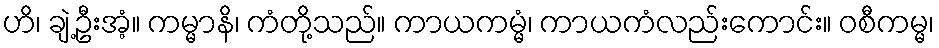
ဟိ၊ ချဲ့ဦးအံ့။ ကမ္မာနိ၊ ကံတို့သည်။ ကာယကမ္မံ၊ ကာယကံလည်းကောင်း။ ဝစီကမ္မ၊